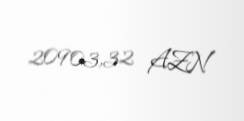
20903,32 AZN